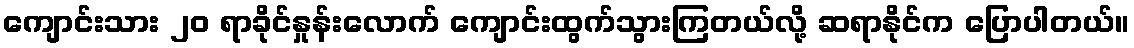
ကျောင်းသား ၂၀ ရာခိုင်နှုန်းလောက် ကျောင်းထွက်သွားကြတယ်လို့ ဆရာနိုင်က ပြောပါတယ်။